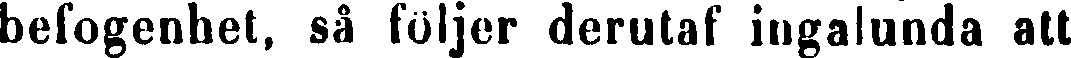
befogenhet, så följer derutaf ingalunda att